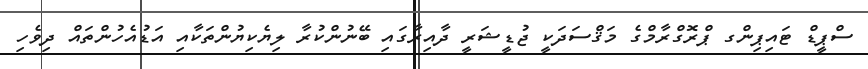
ސްޕީޑް ޓައިޕިންގ ޕްރޮގްރާމްގެ މަޤްސަދަކީ ޖުޑީޝަރީ ދާއިރާގައި ބޭނުންކުރާ ލިޔެކިޔުންތަކާއި އަޑުއެހުންތައް ދިވެހި